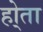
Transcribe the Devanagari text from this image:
हो्ता